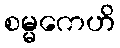
စမ္မကေဟိ